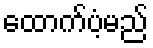
ထောက်ပံ့မည်